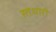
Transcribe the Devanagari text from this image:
स्तधारी